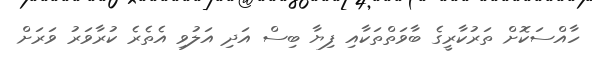
ހާއްސަކޮށް ތަރުކާރީގެ ބާވަތްތަކާއި ފިޔާ ބިސް އަދި އަލުވި އެތެރެ ކުރާވަރު ވަރަށް